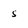
Character: s